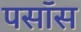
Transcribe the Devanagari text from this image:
पसॉस